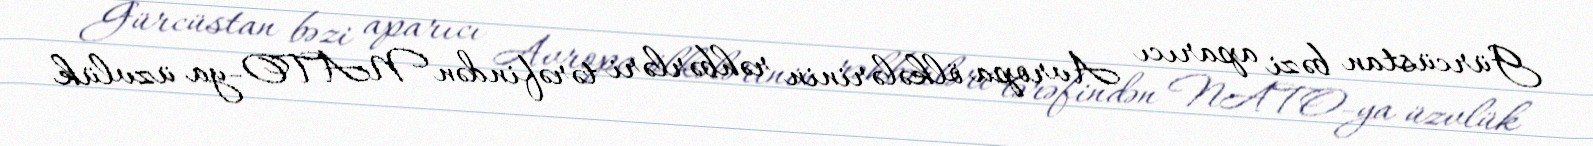
Gürcüstan bəzi aparıcı Avropa ölkələrinin rəhbərləri tərəfindən NATO-ya üzvlük